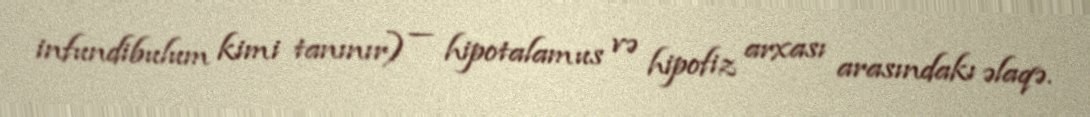
infundibulum kimi tanınır) — hipotalamus və hipofiz arxası arasındakı əlaqə.